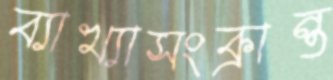
ব্যাখ্যাসংক্রান্ত